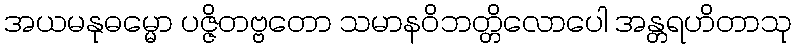
အယမနုဓမ္မော ပဇ္ဇိတဗ္ဗတော သမာနဝိဘတ္တိလောပေါ အန္တရဟိတာသု